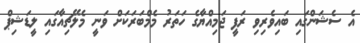
އެ ސެޝަންގައި ބައިވެރިވި ރަފީ ޖަމިއްޔާގެ ހަތަރު މެމްބަރަކަށް ވަނީ މެލޭޗިއާގައި ލީޑަޝިޕް